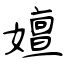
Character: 嬗